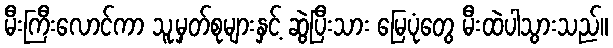
မီးကြီးလောင်ကာ သူ့မှတ်စုများနှင့် ဆွဲပြီးသား မြေပုံတွေ မီးထဲပါသွားသည်။